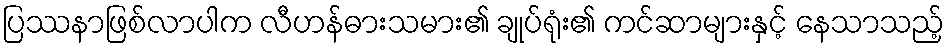
ပြဿနာဖြစ်လာပါက လီဟန်ဓားသမား၏ ချုပ်ရုံး၏ ကင်ဆာများနှင့် နေသာသည့်